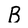
Character: B